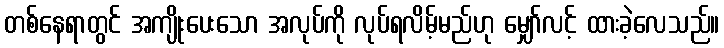
တစ်နေရာတွင် အကျိုးပေးသော အလုပ်ကို လုပ်ရလိမ့်မည်ဟု မျှော်လင့် ထားခဲ့လေသည်။